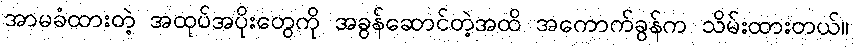
အာမခံထားတဲ့ အထုပ်အပိုးတွေကို အခွန်ဆောင်တဲ့အထိ အကောက်ခွန်က သိမ်းထားတယ်။